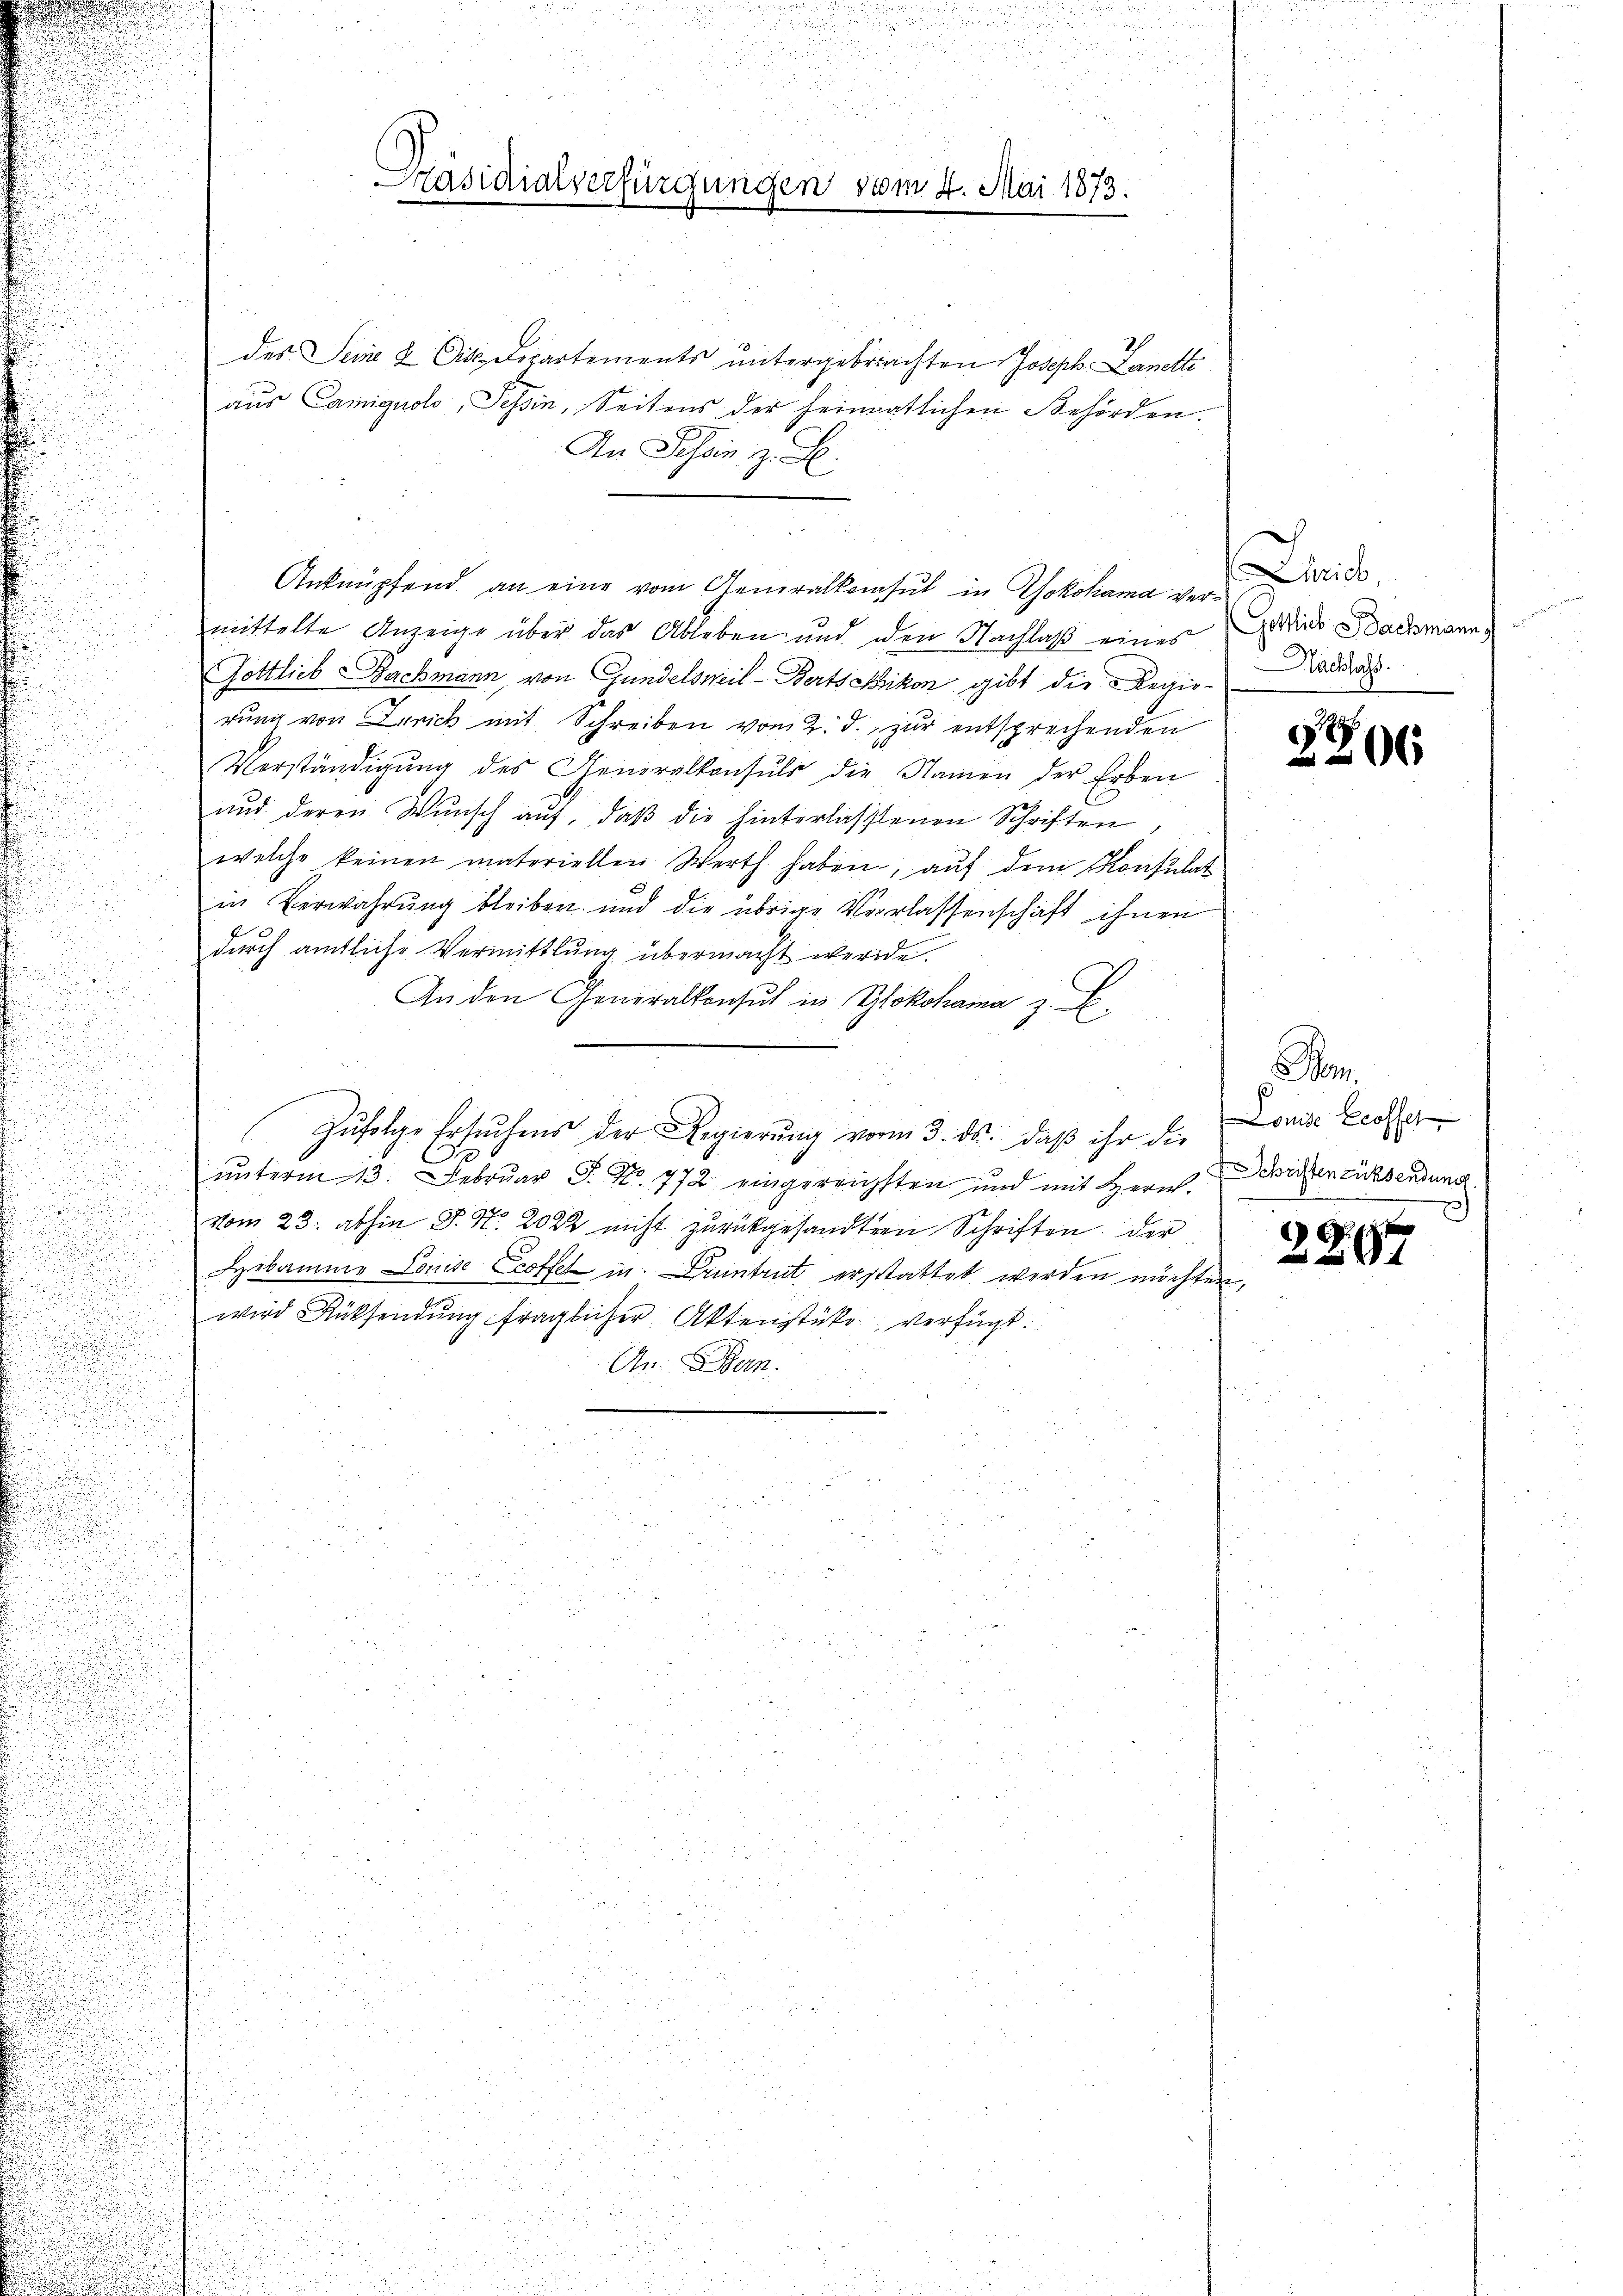
des Seine 8 Eis Departements untergebrachten Joseph Lanetti
aus Camiquoto, Tessin, Seitens der seinnatlichen Behörden.
d
An Selin z. B.
u
.

n
1
Anknüpfend an eine vom Generalkonsul in Yokohama ver¬

a
mittelte Anzeige über das Ableben und den Nachlaß eines
u
n
Gottlieb Bachmann von Gundelsweil-Bertschikon gibt die Regie-Paddas
rung von Zürich mit Schreiben vom 2. d. zur entsprechenden
.

Verständigŭng des Generalkonsuls die Namen der Erben
u
.
und deren Wunsch auf, daβ die hinterlassenen Schriften

welche keinen materiellen Werth haben, auf dem Konsulat
.
in Verwahrung bleiben und die übrige Verlassenschaft ihnen
.
durch amtliche Vermittlung übermacht werde.

e

An den Generalkonsul in Yokohama z.
.
u
n
.
n

u
d

unterm 13. Februar J. No. 772 eingereichsten und mit Herr
vom 23. abhin P. Nr. 2022 nicht zurückgesandten Schriften. Der
Hebamme Louise Ecoffel in Pruntrut erstattet werden möchten
wird Rücksendung fraglicher Aktenstüke verfügt.
Un Bun
25
u
2
i
u

.

u
u
Präsidialvertürgungen vom 4. Mai 1873.

Zufolge Erleitens der Regierung vom 3. ds. daß ihr die

Liais
Gottlieb Bachmann

g
06

Dom.
Louise Eröffel
Schriften zücksendung

C
t